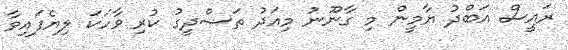
ރައީސް އަބްދު ޔާމީން މި ގާނޫނު މިއަދު ތަސްދީގު ކުރި ވާހަކަ ލިޔެފައިވާ